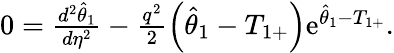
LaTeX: \begin{array}{r}{0=\frac{d^{2}\hat{\theta}_{1}}{d\eta^{2}}-\frac{q^{2}}{2}\left(\hat{\theta}_{1}-T_{1+}\right)\mathrm{e}^{\hat{\theta}_{1}-T_{1+}}.}\end{array}